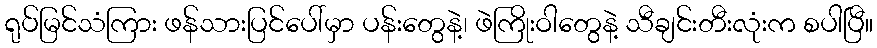
ရုပ်မြင်သံကြား ဖန်သားပြင်ပေါ်မှာ ပန်းတွေနဲ့၊ ဖဲကြိုးဝါတွေနဲ့ သီချင်းတီးလုံးက စပါပြီ။